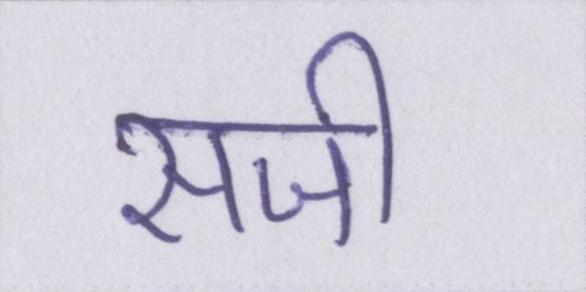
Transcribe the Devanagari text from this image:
सजी